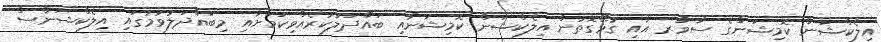
އިލެކްޝަން ކޮމިޝަންގެ ސާވާރ އާއި ގުޅޭގޮތުން އިލެކްޝަން ކޮމިޝަނާއި ބައްދަލުކުރެއްވިކަމަށާއި މިބައްދަލުވުމުގައި އިލެކްޝަންސް